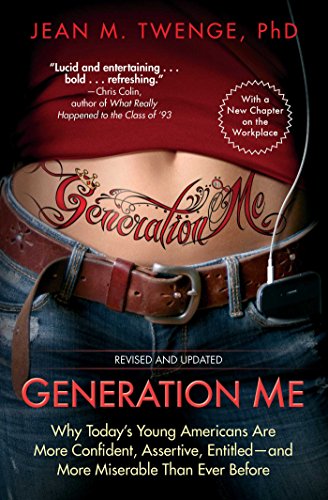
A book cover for Generation Me - Revised and Updated: Why Today's Young Americans Are More Confident, Assertive, Entitled--and More Miserable Than Ever Before; Jean M. Twenge; Politics & Social Sciences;